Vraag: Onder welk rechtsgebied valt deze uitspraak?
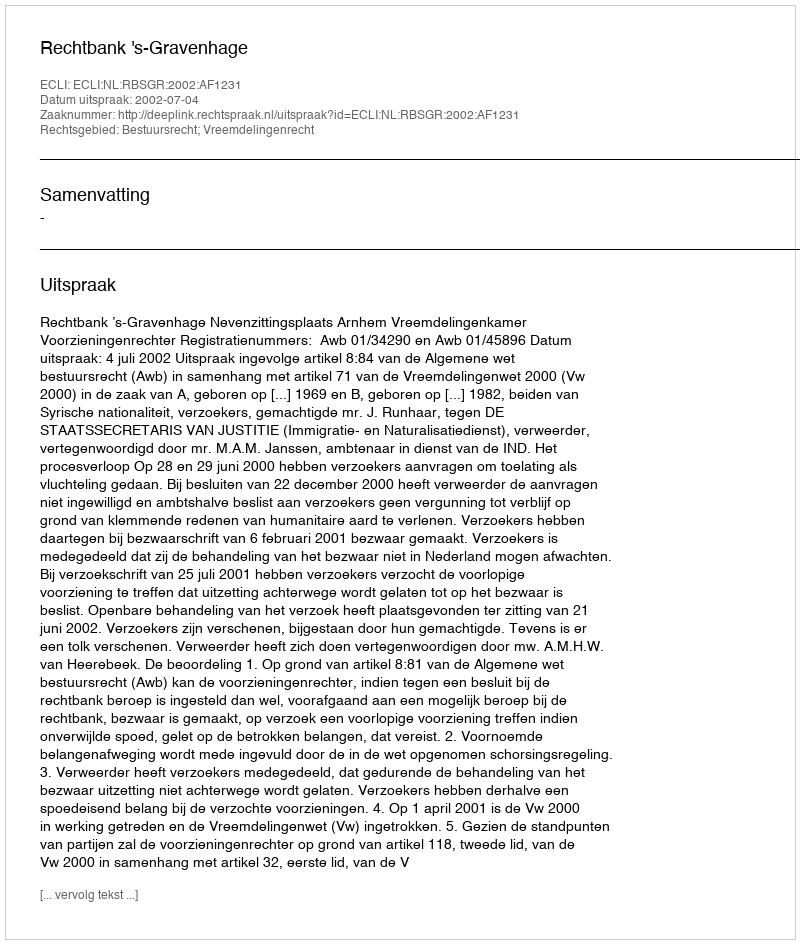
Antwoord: Bestuursrecht; Vreemdelingenrecht